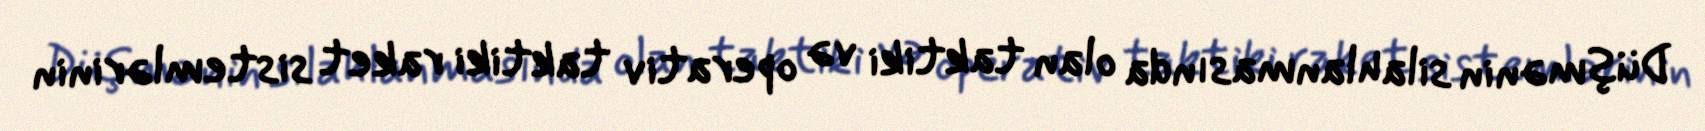
Düşmənin silahlanmasında olan taktiki və operativ taktiki raket sistemlərinin